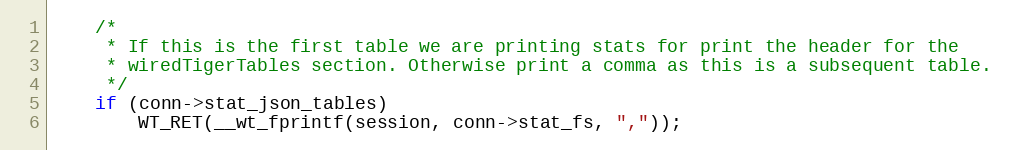
Language: C
    /*
     * If this is the first table we are printing stats for print the header for the
     * wiredTigerTables section. Otherwise print a comma as this is a subsequent table.
     */
    if (conn->stat_json_tables)
        WT_RET(__wt_fprintf(session, conn->stat_fs, ","));